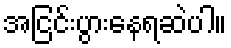
အငြင်းပွားနေရဆဲပါ။